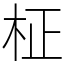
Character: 柾